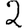
Digit: 2